Vital statistics of India. Vol. V, Reports of 1876 on armies & jails and on epidemic cholera
Year: 1876
Disease focus: Cholera
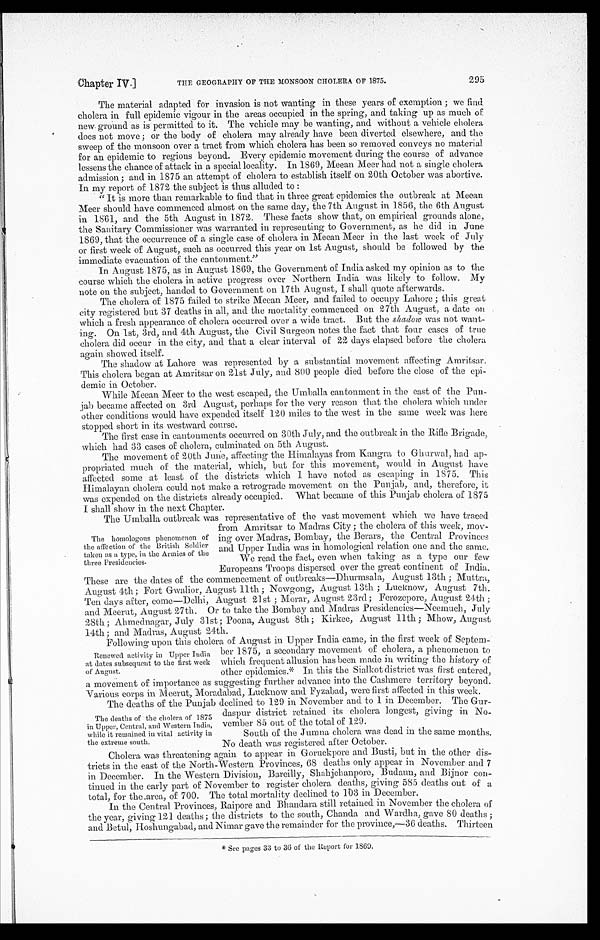
Chapter IV.]
THE GEOGRAPHY OF THE MONSOON CHOLERA OF 1875.
295
The material adapted for invasion is not wanting in these years of exemption ; we find
cholera in full epidemic vigour in the areas occupied in the spring, and taking up as much of
new ground as is permitted to it. The vehicle may be wanting, and without a vehicle cholera
does not move; or the body of cholera may already have been diverted elsewhere, and the
sweep of the monsoon over a tract from which cholera has been so removed conveys no material
for an epidemic to regions beyond. Every epidemic movement during the course of advance
lessens the chance of attack in a special locality. In 1869, Meean Meer had not a single cholera
admission; and in 1875 an attempt of cholera to establish itself on 20th October was abortive.
In my report of 1872 the subject is thus alluded to :
"It is more than remarkable to find that in three great epidemics the outbreak at Meean
Meer should have commenced almost on the same day, the 7th August in 1856, the 6th August
in 1861, and the 5th August in 1872. These facts show that, on empirical grounds alone,
the Sanitary Commissioner was warranted in representing to Government, as he did in June
1869, that the occurrence of a single case of cholera in Meean Meer in the last week of Jul y
or first week of August, such as occurred this year on 1st August, should be followed by the
immediate evacuation of the cantonment."
In August 1875, as in August 1869, the Government of India asked my opinion as to the
course which the cholera in active progress over Northern India was likely to follow. My
note on the subject, handed to Government on 17th August, I shall quote afterwards.
The cholera of 1875 failed to strike Meean Meer, and failed to occupy Lahore ; this great
city registered but 37 deaths in all, and the mortality commenced on 27th August, a date on
which a fresh appearance of cholera occurred over a wide tract. But the shadow was not want
-ing. On 1st, 3rd, and 4th August, the Civil Surgeon notes the fact that four cases of true
cholera did occur in the city, and that a clear interval of 22 days elapsed before the cholera
again showed itself.
The shadow at Lahore was represented by a substantial movement affecting Amritsar.
This cholera began at Amritsar on 21st July, and 800 people died before the close of the epi
-demic in October.
While Meean Meer to the west escaped, the Umballa cantonment in the east of the Pun
-
j ab became affected on 3rd August, perhaps for the very reason that the cholera which under
other conditions would have expended itself 120 miles to the west in the same week was here
stopped short in its westward course.
The first case in cantonments occurred on 30th July, and the outbreak in the Rifle Brigade,
which had 33 cases of cholera, culminated on 5th August.
The movement of 20th June, affecting the Himalayas from Kangra to Ghurwal, had ap
-propriated much of the material, which, but for this movement, would in August have
affected some at least of the districts which I have noted as escaping in 1875. This
Himalayan cholera could not make a retrograde movement on the Punjab, and, therefore, it
was expended on the districts already occupied. What became of this Punjab cholera of 1875
I s h a l l s h o w i n t h e n e x t C h a p t e r .
The Umballa outbreak was representative of the vast movement which we have traced
from Amritsar to Madras City ; the cholera of this week, mov -
ing over Madras, Bombay, the Berars, the Central Provinces
and Upper India was in homological relation one and the same.
We read the fact, even when taking as a type our few
Europeans Troops dispersed over the great continent of India.
These are the dates of the commencement of outbreaks—Dhurmsala, August 13th ; Muttra,
August 4th; Fort Gwalior, August 11th; Nowgong, August 13th ; Lucknow, August 7th.
Ten days after, come—Delhi, August 21st ; Morar, August 23rd; Ferozepore, August 24th ;
and Meerut, August 27th. Or to take the Bombay and Madras Presidencies—Neemuch, July
28th; Ahmednagar, July 31st; Poona, August 8th ; Kirkee, August 11th ; Mhow, August
14th ; and Madras, August 24th.
Following upon this cholera of August in Upper India came, in the first week of Septem-
ber 1875, a secondary movement of cholera, a phenomenon to
which frequent allusion has been made in writing the history of
other epidemics.* In this the Sialkot district was first entered,
a movement of importance as suggesting further advance into the Cashmere territory beyond.
Various corps in Meerut. Moradabad, Lucknow and Fyzabad, were first affected in this week.
The deaths of the Punjab declined to 129 in November and to 1 in December. The Gur-
daspur district retained its cholera longest, giving in No
-vember 85 out of the total of 129.
South of the Jumna cholera was dead in the same months.
No death was registered after October.
Cholera was threatening again to appear in Goruckpore and Busti, but in the other dis--
tricts in the east of the North-Western Provinces, 68 deaths only appear in November and 7
in December. In the Western Division, Bareilly, Shahjehanpore, Budaun, and Bijnor c on
- t i n u e di
n t h e e a r l y p a r t o f N o v e m b e r t o r e g i s t e r c h o l e r a d e a t h s , g i v i n g 5 8 5 d e a t h s o u t o f a
total, for the area, of 700. The total mortality declined to 103 in December.
In the Central Provinces, Raipore and Bhandara still retained in November the cholera of
the year, giving 121 deaths ; the districts to the south, Chanda and Wardha, gave 80 deaths ;
and Betul, Hoshungabad, and Nimar gave the remainder for the province,—36 deaths. Thirteen
* See pages 33 to 36 of the Report for 1869.
The homologous phenomenon of
the affection of the British Soldier
taken as a type, in the Armies of the
tree Presidencies.
Renewed activity in Upper India
at dates subsequent to the first week of August.
The deaths of the cholera of 1875
in Upper, Central, and Western India,
while it remained in vital activity in
the extreme south.